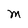
Character: M